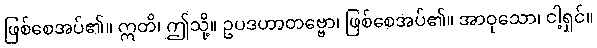
ဖြစ်စေအပ်၏။ ဣတိ၊ ဤသို့။ ဥပဒဟာတဗ္ဗော၊ ဖြစ်စေအပ်၏။ အာဝုသော၊ ငါ့ရှင်။